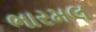
ભારમલ